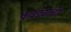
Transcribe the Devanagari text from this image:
कवड्याची